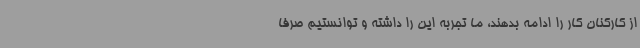
از کارکنان کار را ادامه بدهند، ما تجربه این را داشته و توانستیم صرفا